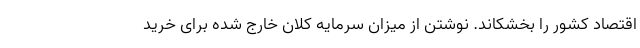
اقتصاد کشور را بخشکاند. نوشتن از میزان سرمایه کلان خارج شده برای خرید